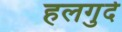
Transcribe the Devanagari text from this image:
हलगुर्द